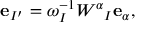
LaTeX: { \bf e } _ { I ^ { \prime } } = \omega _ { I } ^ { - 1 } W ^ { \alpha } { } _ { I } { \bf e } _ { \alpha } ,